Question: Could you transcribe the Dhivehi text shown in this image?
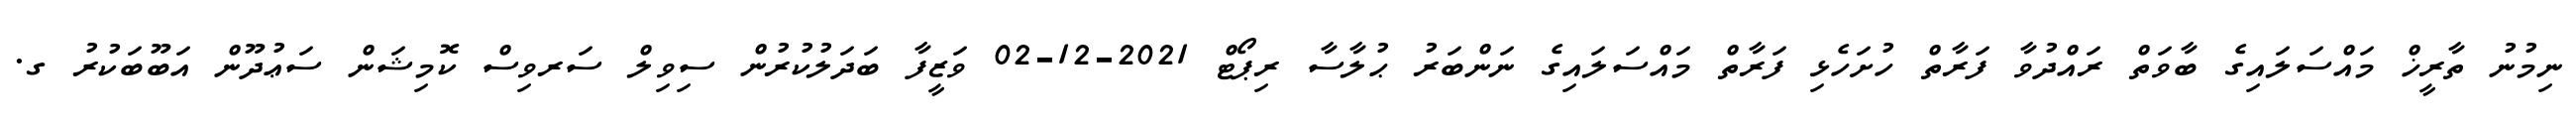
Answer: ނިމުނު ތާރީޚް މައްސަލައިގެ ބާވަތް ރައްދުވާ ފަރާތް ހުށަހެޅި ފަރާތް މައްސަލައިގެ ނަންބަރު ޙުލާސާ ރިޕޯޓް 2021-12-02 ވަޒީފާ ބަދަލުކުރުން ސިވިލް ސަރވިސް ކޮމިޝަން ސަޢުދޫން އަބޫބަކުރު ގ.